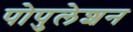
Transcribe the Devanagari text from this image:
पोपुलेशन